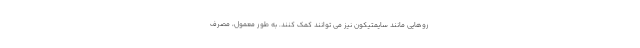
روهایی مانند سایمتیکون نیز می توانند کمک کنند. به طور معمول، مصرف